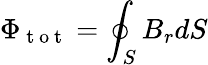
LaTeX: \Phi_{\mathrm{~t~o~t~}}=\oint_{S}B_{r}dS